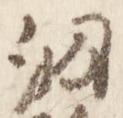
洞